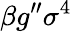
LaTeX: \beta g^{\prime\prime}\sigma^{4}